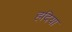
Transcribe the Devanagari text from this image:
हदिया